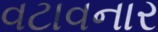
વટાવનાર